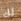
لك